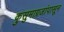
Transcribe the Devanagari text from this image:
कुसुमाग्रजांपासून